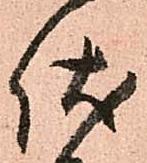
伏